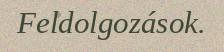
Feldolgozások.